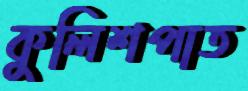
কুলিশপাত